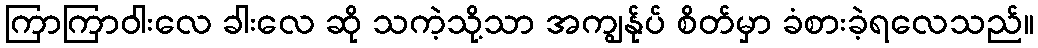
ကြာကြာဝါးလေ ခါးလေ ဆို သကဲ့သို့သာ အကျွန်ုပ် စိတ်မှာ ခံစားခဲ့ရလေသည်။